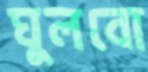
ঘুলবো